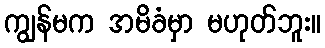
ကျွန်မက အမိခံမှာ မဟုတ်ဘူး။